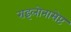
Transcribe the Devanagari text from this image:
राइलोनासेप्ट